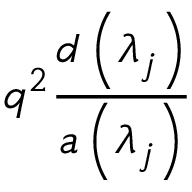
q ^ { 2 } \frac { d \left( \lambda _ { j } \right) } { a \left( \lambda _ { j } \right) }